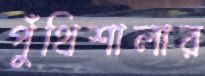
পুঁথিশালার